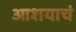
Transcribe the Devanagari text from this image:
आशयाचं